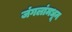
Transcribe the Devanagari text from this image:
जंगलांमधून